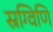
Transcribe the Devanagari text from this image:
स्रग्विणि